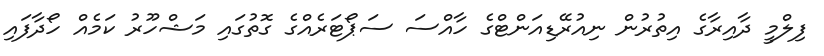
ފިލްމީ ދާއިރާގެ އިތުރުން ނިއުރޭޑިއަންޓްގެ ހާއްސަ ސަޕޯޓަރެއްގެ ގޮތުގައި މަޝްހޫރު ކަމެއް ހޯދާފައި